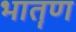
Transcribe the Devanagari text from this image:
भातॄण